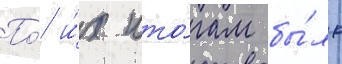
По́ и́х ито́гам бы́ло